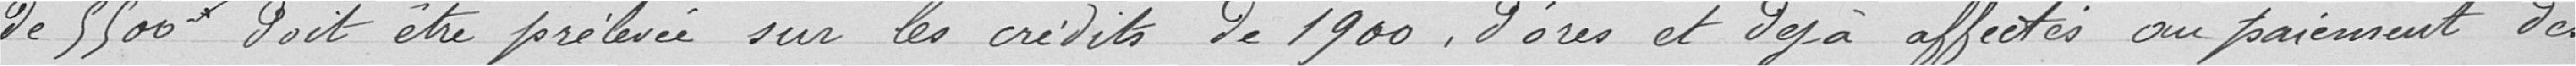
De 5500 Fr. doit être prélevé sur les crédits de 1900 d'ores et déjà affecté au paiement des